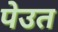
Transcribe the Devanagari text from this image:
पेउत